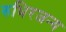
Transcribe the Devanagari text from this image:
रुधिरजन्य